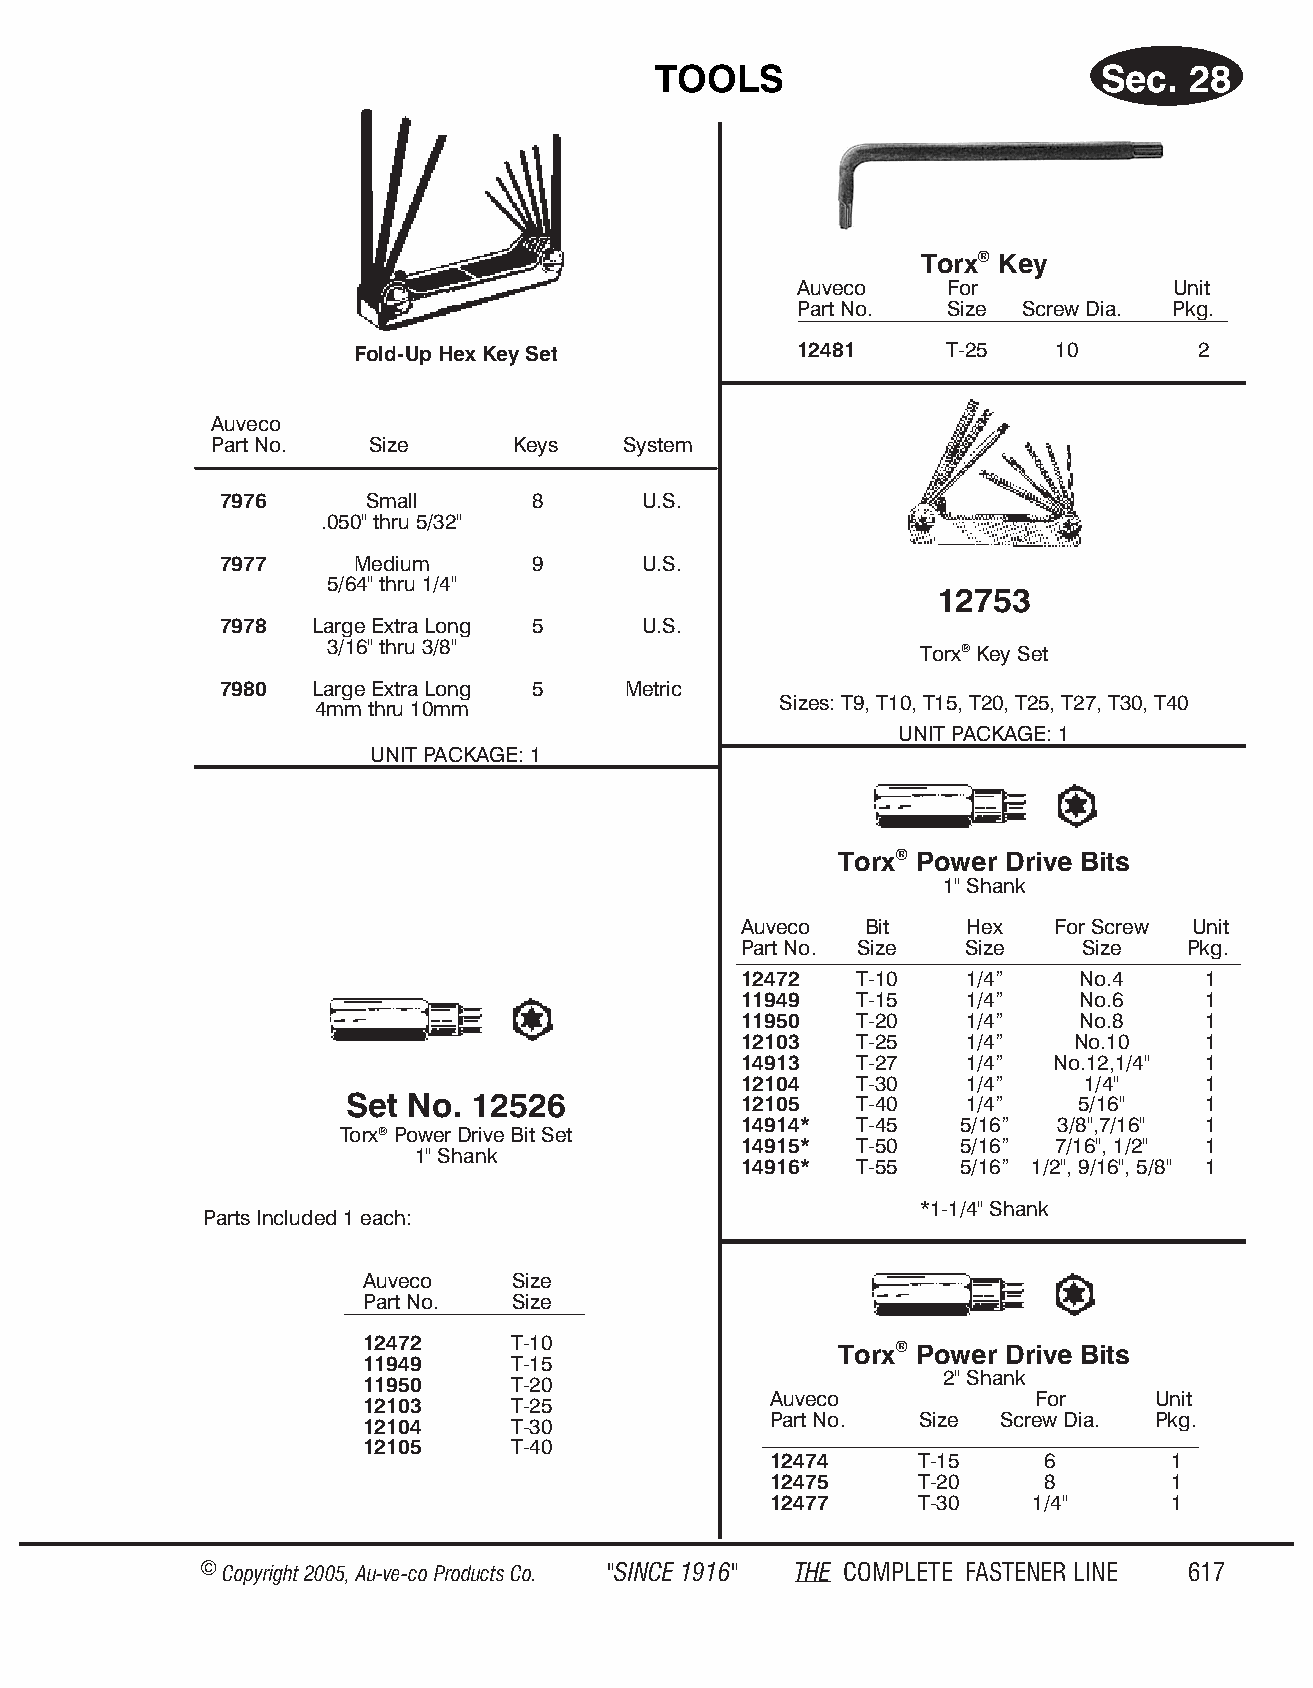
TOOLS                        Sec.  28
 Torx® Key
 Auveco    For            Unit
 Part No.  Size Screw Dia. Pkg.
 Fold-Up Hex Key Set          12481     T-25   10        2
 Auveco
 Part No.   Size     Keys   System
 7976     Small      8       U.S.
 .050" thru 5/32"
 7977     Medium     9       U.S.
 5/64" thru 1/4"
 12753
 7978  Large Extra Long 5    U.S.
 3/16" thru 3/8"                        Torx® Key Set
 7980  Large Extra Long 5   Metric
 Sizes: T9, T10, T15, T20, T25, T27, T30, T40
 4mm thru 10mm
 UNIT PACK AGE: 1
 UNIT PACK AGE: 1
 Torx® Power Drive Bits
 1" Shank
 Auveco  Bit    Hex   For Screw Unit
 Part No. Size  Size    Size   Pkg.
 12472   T-10   1/4”    No.4    1
 11949   T-15   1/4”    No.6    1
 11950   T-20   1/4”    No.8    1
 12103   T-25   1/4”   No.10    1
 14913   T-27   1/4”  No.12,1/4" 1
 12104   T-30   1/4”    1/4"    1
 Set No. 12526             12105   T-40   1/4”    5/16"   1
 14914*  T-45   5/16” 3/8",7/16" 1
 Torx® Power Drive Bit Set
 14915*  T-50   5/16” 7/16", 1/2" 1
 1" Shank
 14916*  T-55   5/16” 1/2", 9/16", 5/8" 1
 *1-1/4" Shank
 Parts In cluded 1 each:
 Auveco    Size
 Part No.  Size
 12472     T-10                  Torx® Power Drive Bits
 11949     T-15
 2" Shank
 11950     T-20
 Auveco            For     Unit
 12103     T-25
 Part No.  Size Screw Dia. Pkg.
 12104     T-30
 12105     T-40
 12474     T-15    6        1
 12475     T-20    8        1
 12477     T-30    1/4"     1
 © Copyr ight 2005, Au-ve-co Produ cts Co. "SINCE 1916" THE COM PLETE FAST ENER LINE 617